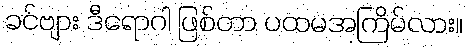
ခင်ဗျား ဒီရောဂါ ဖြစ်တာ ပထမအကြိမ်လား။